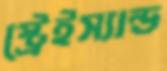
স্ট্রেইস্যান্ড